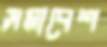
সমাবেশ